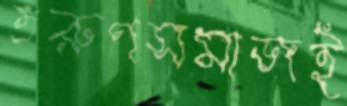
তরুণসমাজই